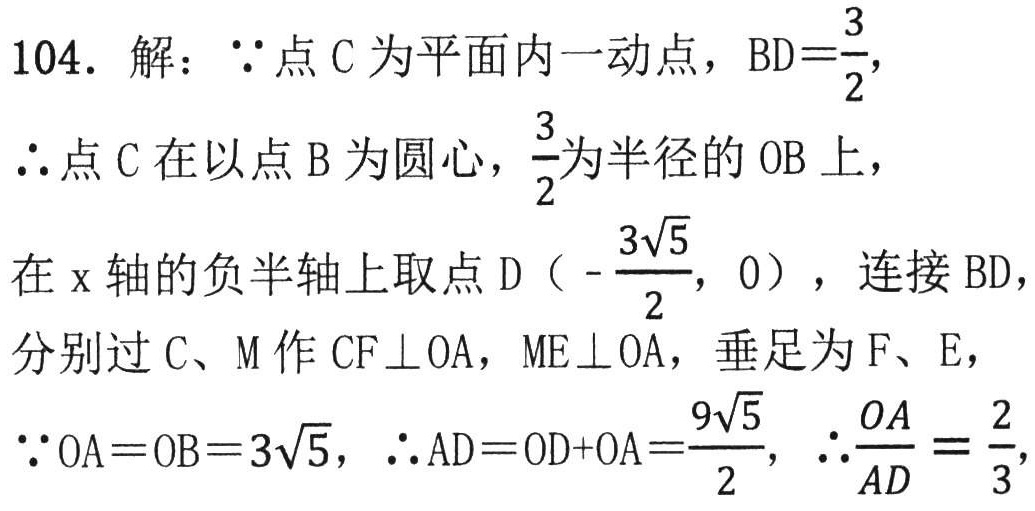
104. 解：\(\because\)点 C 为平面内一动点，\(BD = \frac{3}{2}\)，
\(\therefore\)点 C 在以点 B 为圆心，\(\frac{3}{2}\)为半径的 \(\odot B\) 上，
在 \(x\) 轴的负半轴上取点 \(D\left(-\frac{3\sqrt{5}}{2},0\right)\)，连接 \(BD\)，
分别过 C、M 作 \(CF\perp OA\)，\(ME\perp OA\)，垂足为 F、E，
\(\because OA = OB = 3\sqrt{5}\)，\(\therefore AD=OD + OA=\frac{9\sqrt{5}}{2}\)，\(\therefore\frac{OA}{AD}=\frac{2}{3}\)，